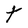
Character: t